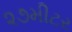
૨૭મીટર